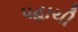
પહાચી